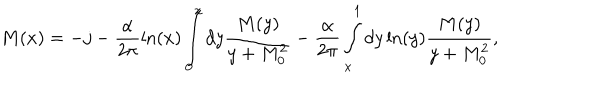
M ( x ) = - j - \frac { \alpha } { 2 \pi } \ln ( x ) \int _ { 0 } ^ { x } d y \frac { M ( y ) } { y + M _ { 0 } ^ { 2 } } - \frac { \alpha } { 2 \pi } \int _ { x } ^ { 1 } d y \ln ( y ) \frac { M ( y ) } { y + M _ { 0 } ^ { 2 } } ,